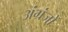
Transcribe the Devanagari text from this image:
अंग्रंजों